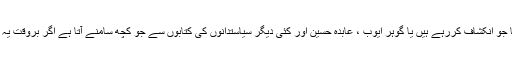
اب ان ایام میں چودھری شجاعت حسین جیسے رہنما جو انکشاف کررہے ہیں یا گوہر ایوب ، عابدہ حسین اور کئی دیگر سیاستدانوں کی کتابوں سے جو کچھ سامنے آتا ہے اگر بروقت یہ انکشاف کیے جاتے تو قوم کو اس کا فائدہ بھی ہوتا۔